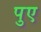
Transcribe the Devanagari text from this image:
पुए